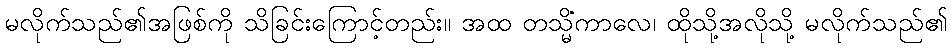
မလိုက်သည်၏အဖြစ်ကို သိခြင်းကြောင့်တည်း။ အထ တသ္မိံကာလေ၊ ထိုသို့အလိုသို့ မလိုက်သည်၏